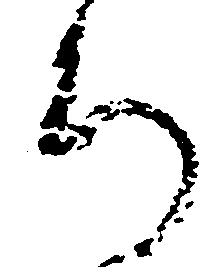
ろ